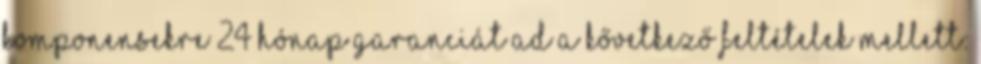
komponensekre 24 hónap garanciát ad a kővetkező feltételek mellett: